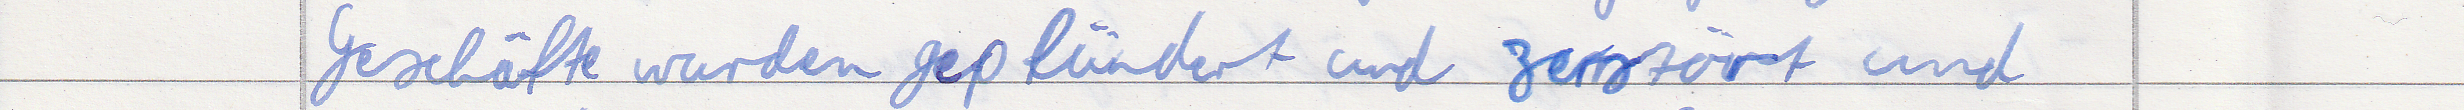
Geschäfte wurden geplündert und zerstört und